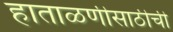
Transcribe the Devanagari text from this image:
हाताळणीसाठीची